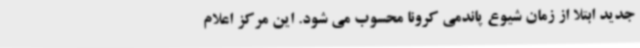
جدید ابتلا از زمان شیوع پاندمی کرونا محسوب می شود. این مرکز اعلام